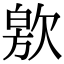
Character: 㰾